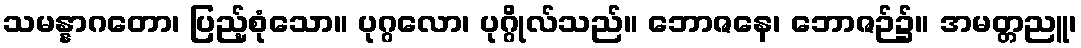
သမန္နာဂတော၊ ပြည့်စုံသော။ ပုဂ္ဂလော၊ ပုဂ္ဂိုလ်သည်။ ဘောဇနေ၊ ဘောဇဉ်၌။ အမတ္တညူ၊